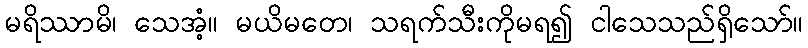
မရိဿာမိ၊ သေအံ့။ မယိမတေ၊ သရက်သီးကိုမရ၍ ငါသေသည်ရှိသော်။